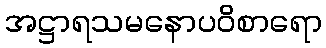
အဋ္ဌာရသမနောပဝိစာရော